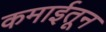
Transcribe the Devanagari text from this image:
कमाईतून